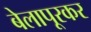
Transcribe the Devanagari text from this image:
बेलापूरकर